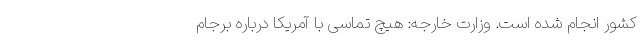
کشور انجام شده است. وزارت خارجه: هیچ تماسی با آمریکا درباره برجام